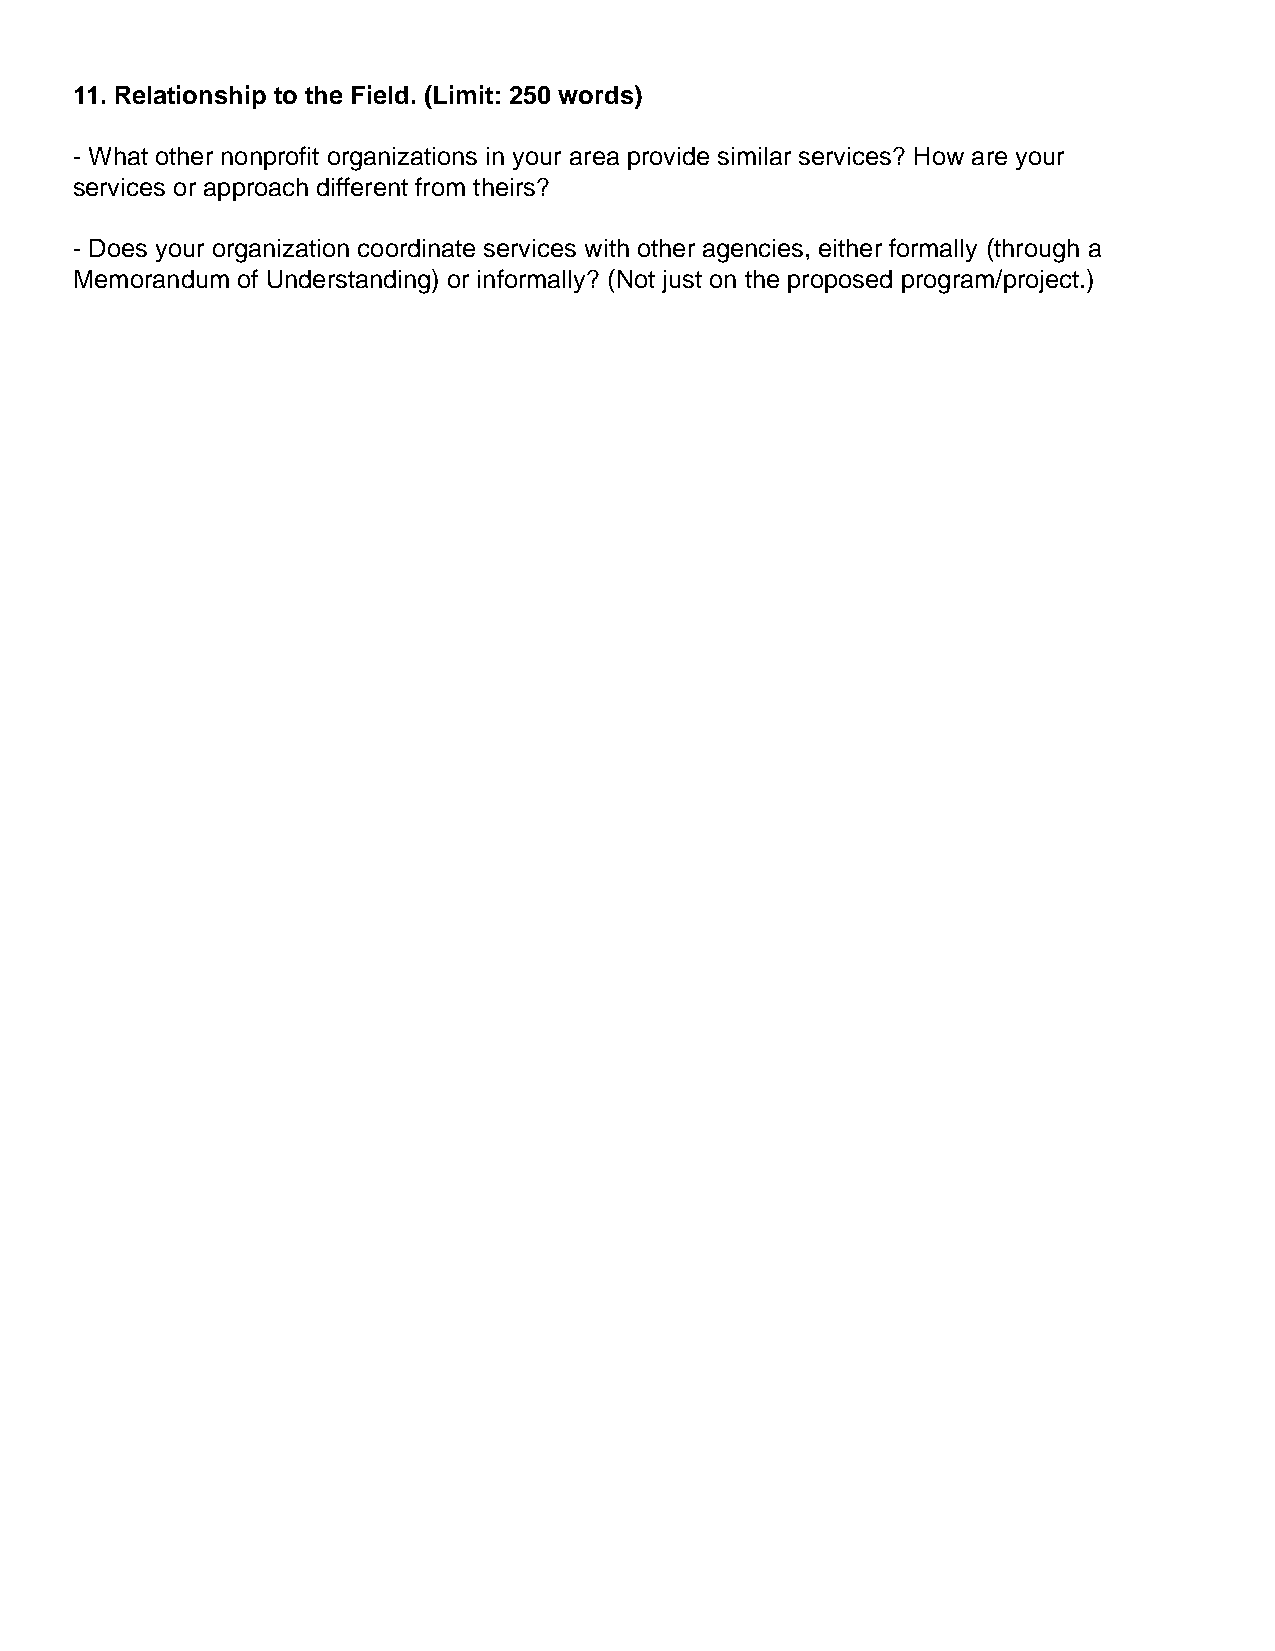
11. Relationship to the Field. (Limit: 250 words)
 - What other nonprofit organizations in your area provide similar services? How are your
 services or approach different from theirs?
 - Does your organization coordinate services with other agencies, either formally (through a
 Memorandum of Understanding) or informally? (Not just on the proposed program/project.)